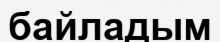
байладым